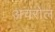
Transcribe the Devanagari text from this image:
अचरोल